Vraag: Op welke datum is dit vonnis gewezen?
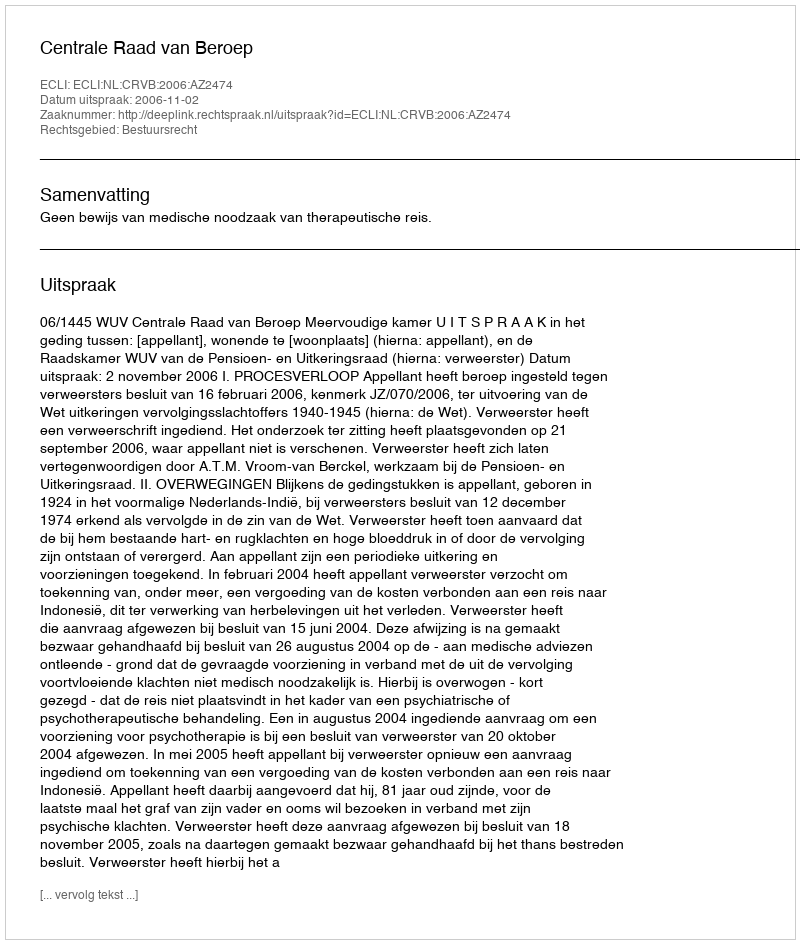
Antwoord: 2006-11-02